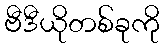
ဗီဒီယိုတစ်ခုကို